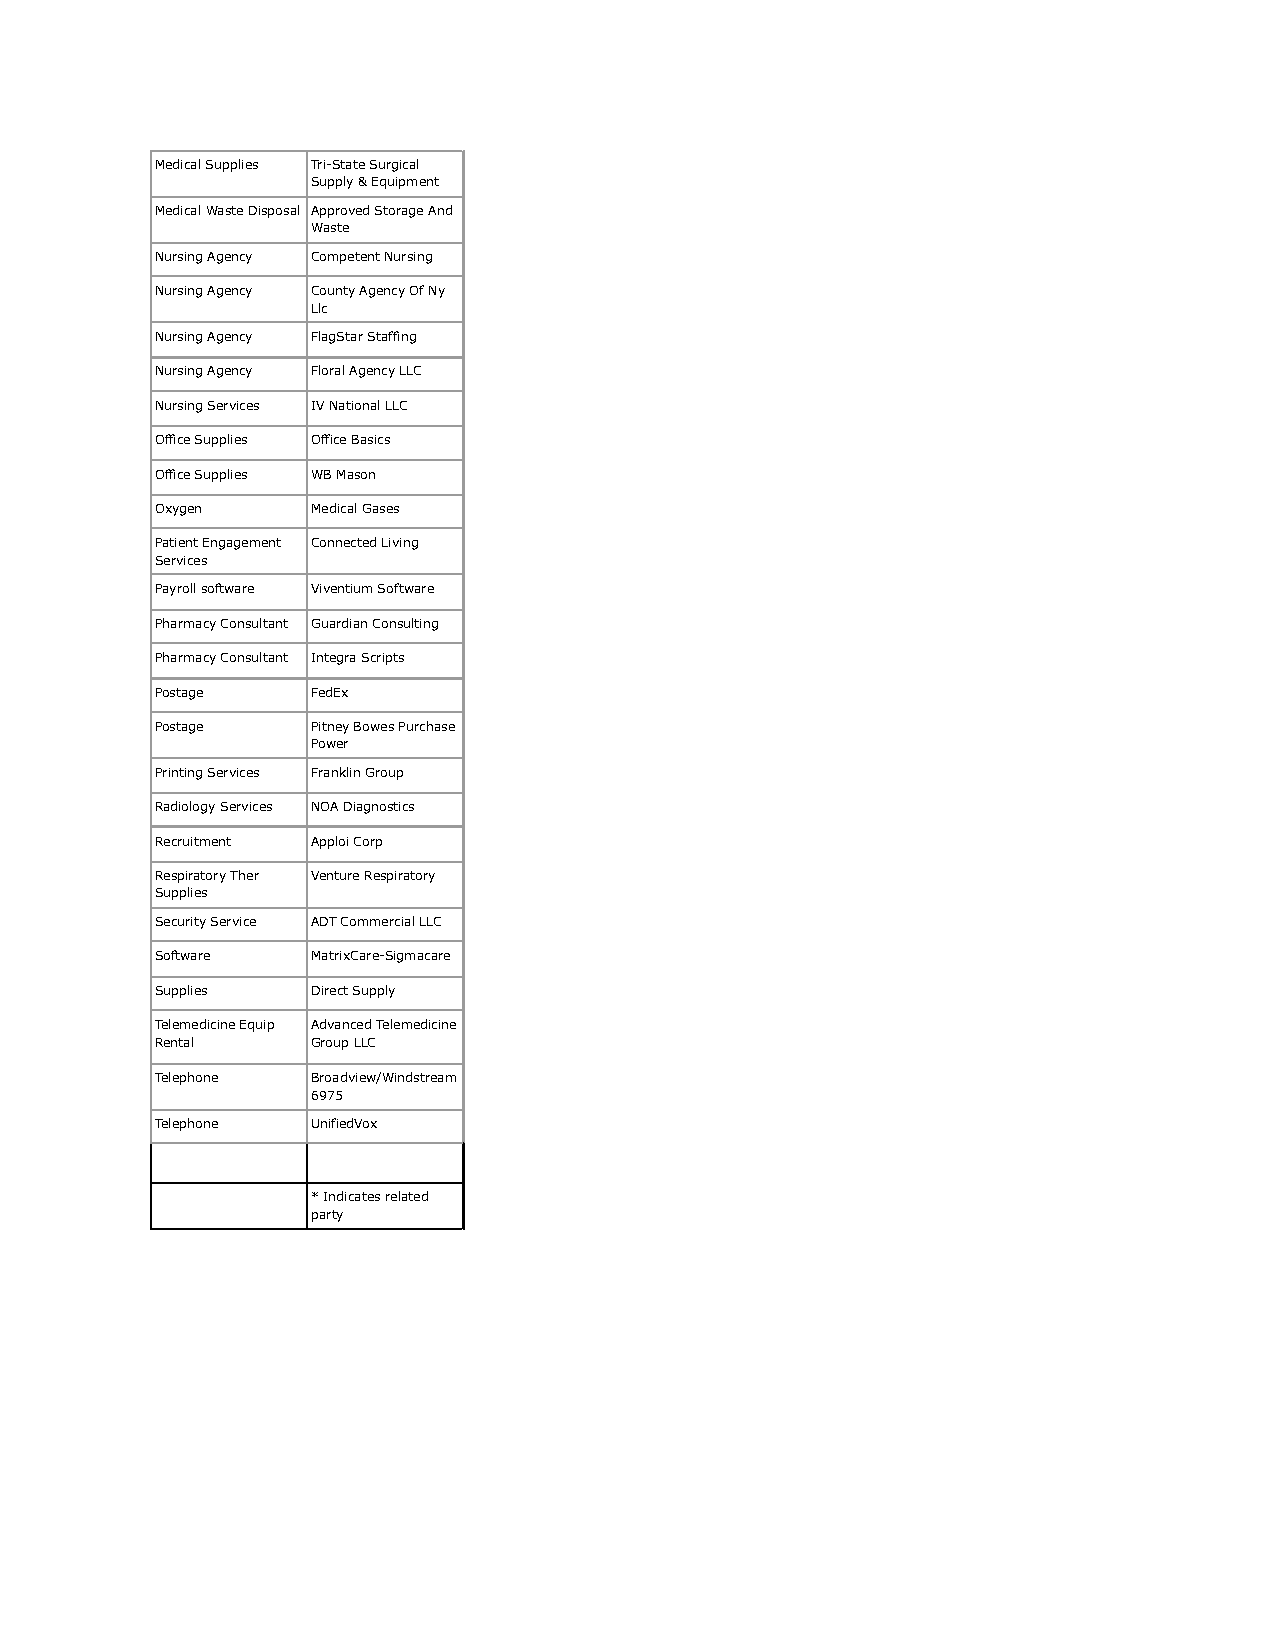
Medical Supplies Tri-State Surgical
 Supply & Equipment
 Medical Waste Disposal Approved Storage And
 Waste
 Nursing Agency Competent Nursing
 Nursing Agency County Agency Of Ny
 Llc
 Nursing Agency FlagStar Staffing
 Nursing Agency Floral Agency LLC
 Nursing Services IV National LLC
 Office Supplies Office Basics
 Office Supplies WB Mason
 Oxygen     Medical Gases
 Patient Engagement Connected Living
 Services
 Payroll software Viventium Software
 Pharmacy Consultant Guardian Consulting
 Pharmacy Consultant Integra Scripts
 Postage    FedEx
 Postage    Pitney Bowes Purchase
 Power
 Printing Services Franklin Group
 Radiology Services NOA Diagnostics
 Recruitment Apploi Corp
 Respiratory Ther Venture Respiratory
 Supplies
 Security Service ADT Commercial LLC
 Software   MatrixCare-Sigmacare
 Supplies   Direct Supply
 Telemedicine Equip Advanced Telemedicine
 Rental     Group LLC
 Telephone  Broadview/Windstream
 6975
 Telephone  UnifiedVox
 * Indicates related
 party